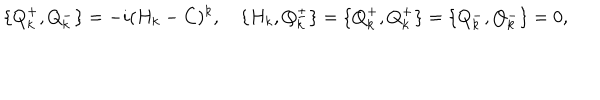
\{ Q _ { k } ^ { + } , Q _ { k } ^ { - } \} = - i ( H _ { k } - C ) ^ { k } , \quad \{ H _ { k } , Q _ { k } ^ { \pm } \} = \{ Q _ { k } ^ { + } , Q _ { k } ^ { + } \} = \{ Q _ { k } ^ { - } , Q _ { k } ^ { - } \} = 0 ,